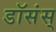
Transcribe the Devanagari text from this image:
डॉसंस्